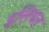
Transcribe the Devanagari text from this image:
इलियत